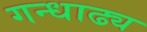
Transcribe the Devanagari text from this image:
गन्धाढ्य